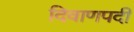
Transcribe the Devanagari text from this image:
दिवाणपदी